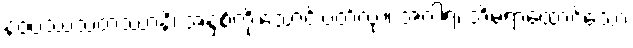
နဝဝဿသတဿာနိ၊ အနှစ်ကိုးသောင်းပတ်လုံး။ အဂါရံ၊ အိမ်ရာထောင်သော